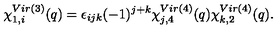
\chi _ { 1 , i } ^ { V i r ( 3 ) } ( q ) = \epsilon _ { i j k } ( - 1 ) ^ { j + k } \chi _ { j , 4 } ^ { V i r ( 4 ) } ( q ) \chi _ { k , 2 } ^ { V i r ( 4 ) } ( q ) .